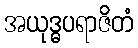
အယုဒ္ဓပရာဇိတံ